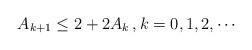
LaTeX: \begin{align*}A_{k+1}\le 2 +2 A_k\,, k=0, 1, 2, \cdots\end{align*}